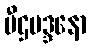
ပီဌမဒ္ဒနော